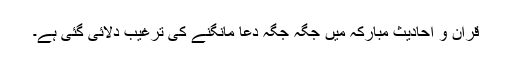
قراٰن و احادیثِ مبارَکہ میں جگہ جگہ دُعا مانگنے کی ترغیب دلائی گئی ہے۔